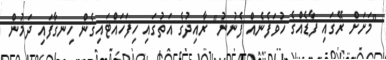
"މަށަށް ރޭގައި ފާޑެއްގެ ހުވަފެނެއް ފެނުނު" ރާއިދުގެ އަތުގައި ހިފަހައްޓައިގެން ހިނގާފައި ދަމުން